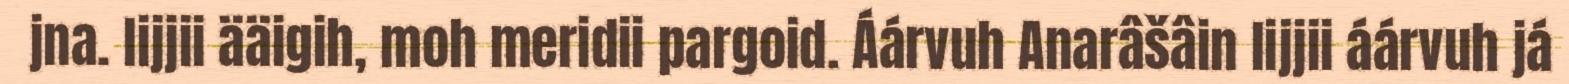
jna. lijjii ääigih, moh meridii pargoid. Áárvuh Anarâšâin lijjii áárvuh já